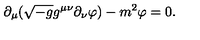
\partial _ { \mu } ( \sqrt { - g } g ^ { \mu \nu } \partial _ { \nu } \varphi ) - m ^ { 2 } \varphi = 0 .